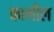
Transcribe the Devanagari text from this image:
कामील